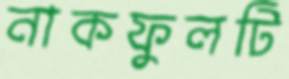
নাকফুলটি